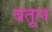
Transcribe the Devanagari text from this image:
बतूल